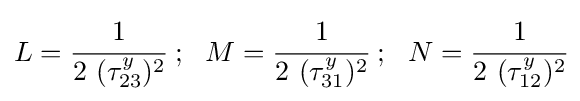
L={\cfrac {1}{2~(\tau _{23}^{y})^{2}}}~;~~M={\cfrac {1}{2~(\tau _{31}^{y})^{2}}}~;~~N={\cfrac {1}{2~(\tau _{12}^{y})^{2}}}